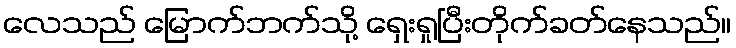
လေသည် မြောက်ဘက်သို့ ရှေးရှုပြီးတိုက်ခတ်နေသည်။